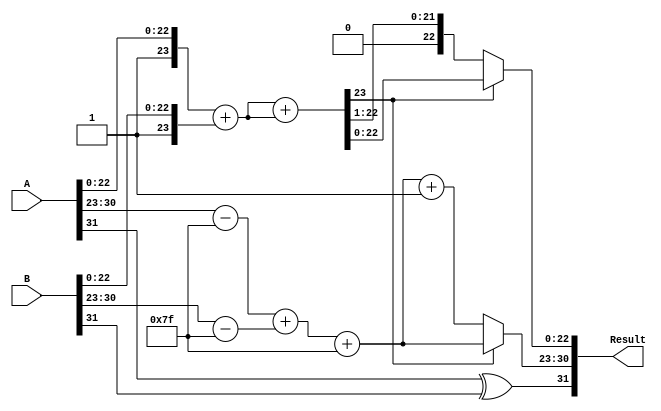
module radix4_fp_multiplier #(
    parameter E = 8, // Number of exponent bits
    parameter M = 23, // Number of significand bits
    parameter BIAS = (1 << (E-1)) - 1 // Bias for exponent
)(
    input wire [E + M:0] A, // Floating-point number A (sign + exponent + significand)
    input wire [E + M:0] B, // Floating-point number B (sign + exponent + significand)
    output reg [E + M:0] Result // Resulting floating-point number
);

    // Extract components
    wire sign_A = A[E + M];
    wire sign_B = B[E + M];
    wire [E-1:0] exponent_A = A[E + M - 1:E + M - E];
    wire [E-1:0] exponent_B = B[E + M - 1:E + M - E];
    wire [M:0] significand_A = {1'b1, A[M-1:0]}; // Include implied leading 1
    wire [M:0] significand_B = {1'b1, B[M-1:0]}; // Include implied leading 1

    // Calculate result sign
    wire sign_result = sign_A ^ sign_B;

    // Calculate result exponent
    wire [E-1:0] exponent_result = (exponent_A - BIAS) + (exponent_B - BIAS) + BIAS;

    // Radix-4 multiplication
    wire [M:0] partial_product_0, partial_product_1, partial_product_2, partial_product_3;

    // Generate partial products based on Radix-4 rules
    assign partial_product_0 = 0; // 00 -> 0
    assign partial_product_1 = significand_B; // 01 -> B
    assign partial_product_2 = significand_A; // 10 -> A
    assign partial_product_3 = significand_A + significand_B; // 11 -> A + B

    // Accumulate partial products
    wire [M + 1:0] sum_1, sum_2;

    assign sum_1 = partial_product_1 + partial_product_2; // Add first two partial products
    assign sum_2 = sum_1 + partial_product_3; // Add the third partial product

    // Normalization of the result
    reg [M:0] significand_result;
    reg [E-1:0] exponent_adjusted;
    always @(*) begin
        if (sum_2[M] == 1) begin // If the result is normalized
            significand_result = sum_2[M-1:0]; // Take the significand
            exponent_adjusted = exponent_result; // No adjustment needed
        end else begin // If the result is not normalized
            significand_result = sum_2[M-1:1]; // Shift right
            exponent_adjusted = exponent_result + 1; // Adjust exponent
        end
    end

    // Rounding logic (simple round-to-nearest even)
    always @(*) begin
        // Implement rounding logic here if needed
        // For simplicity, we will not implement rounding in this example
        Result = {sign_result, exponent_adjusted, significand_result[M-1:0]};
    end

endmodule